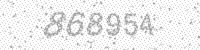
Solution: 868954